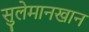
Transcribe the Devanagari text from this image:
सुलेमानखान